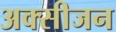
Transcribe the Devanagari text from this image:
अक्‍सीजन